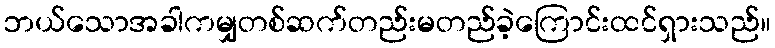
ဘယ်သောအခါကမျှတစ်ဆက်တည်းမတည်ခဲ့ကြောင်းထင်ရှားသည်။